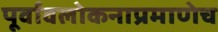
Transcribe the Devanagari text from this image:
पूर्वावलोकनाप्रमाणेच